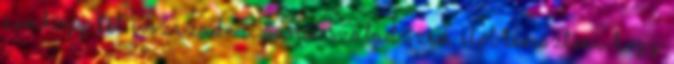
nemhogy két évszázadra. Sosem szabad szem elől téveszteni, hogy